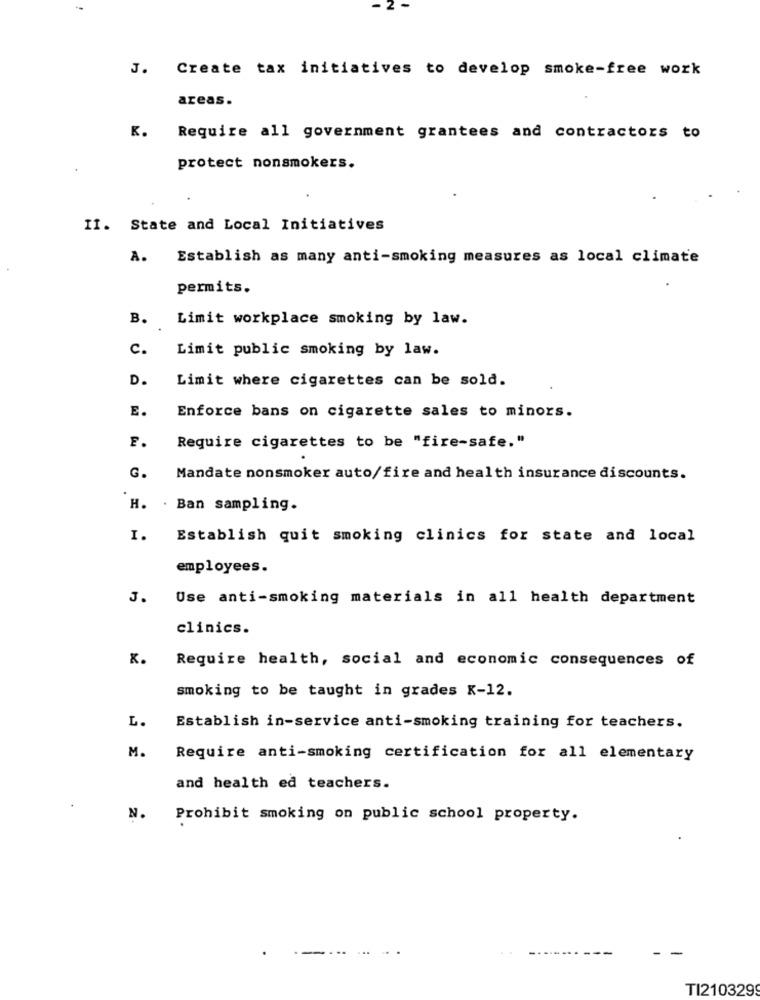
J. Create tax initiatives to develop smoke-free work
areas.
K.
Require all government grantees and contractors to
protect nonsmokers.
II. State and Local Initiatives
A.
Establish as many anti-smoking measures as local climate
permits.
B.
Limit workplace smoking by law.
c.
Limit public smoking by law.
D.
Limit where cigarettes can be sold.
E.
Enforce bans on cigarette sales to minors.
E.
Require cigarettes to be "fire-safe."
G.
Mandate nonsmoker auto/fire and health insurance discounts.
H.
.
Ban sampling.
I.
Establish quit smoking clinics for state and local
employees.
J.
Use anti-smoking materials in all health department
clinics.
K.
Require health, social and economic consequences of
smoking to be taught in grades K-12.
L.
Establish in-service anti-smoking training for teachers.
M.
Require anti-smoking certification for all elementary
and health ed teachers.
N.
Prohibit smoking on public school property.
TI210329